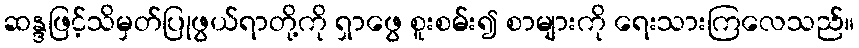
ဆန္ဒဖြင့်သိမှတ်ပြုဖွယ်ရာတို့ကို ရှာဖွေ စူးစမ်း၍ စာများကို ရေးသားကြလေသည်။